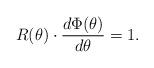
LaTeX: \begin{align*}R(\theta)\cdot \frac{d\Phi(\theta)}{d\theta}=1.\end{align*}